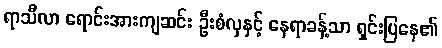
ရာသီလာ ရောင်းအားကျဆင်း ဦးစံလှနှင့် နေရာခန့်သာ ရှင်းပြနေ၏